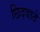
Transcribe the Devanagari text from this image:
छिदवाते